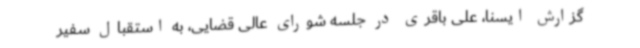
گزارش ایسنا،‌ علی باقری در جلسه شورای عالی قضایی، به استقبال سفیر